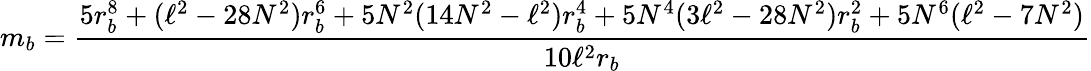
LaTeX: m_{b}=\frac{5r_{b}^{8}+(\ell^{2}-28N^{2})r_{b}^{6}+5N^{2}(14N^{2}-\ell^{2})r_{b}^{4}+5N^{4}(3\ell^{2}-28N^{2})r_{b}^{2}+5N^{6}(\ell^{2}-7N^{2})}{10\ell^{2}r_{b}}